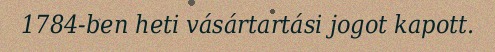
1784-ben heti vásártartási jogot kapott.